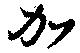
加